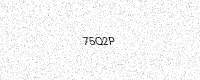
Text: 75Q2P